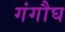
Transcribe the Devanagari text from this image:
गंगौघ